Account of plague administration in the Bombay Presidency from September 1896 till May 1897
Year: 1896
Disease focus: Plague
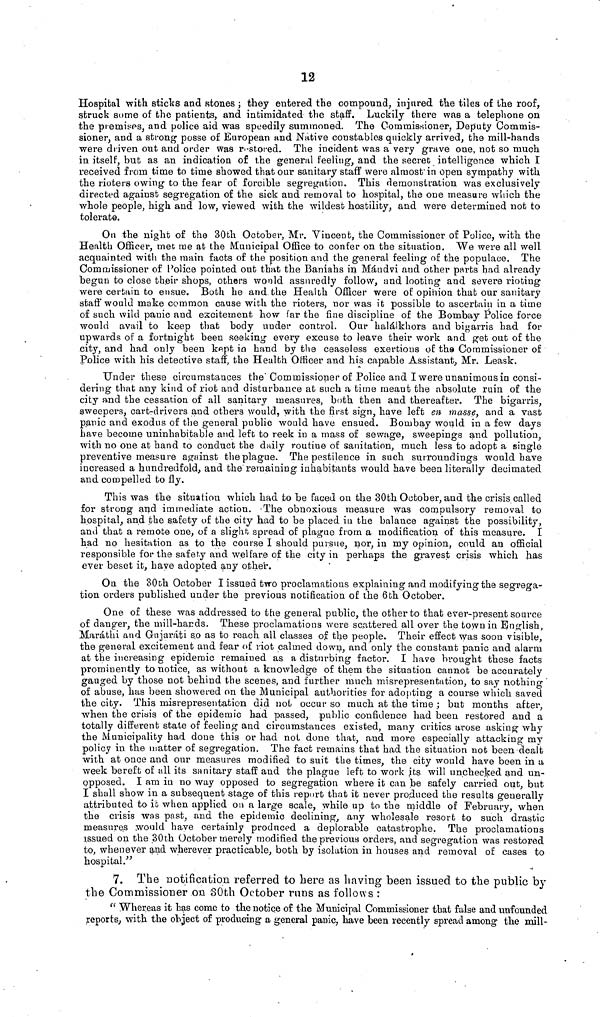
12
Hospital with sticks and stones ; they entered the compound, injured the tiles of the roof,
struck some of the patients, and intimidated the staff. Luckily there was a telephone on
the premises, and police aid was speedily summoned. The Commissioner, Deputy Commis-
sioner, and a strong posse of European and Native constables quickly arrived, the mill-hands
were driven out and order was restored. The incident was a very grave one, not so much
in itself, but as an indication of the general feeling, and the secret intelligence which I
received from time to time showed that our sanitary staff were almost" in open sympathy with
the rioters owing to the fear of forcible segregation. This demonstration was exclusively
directed against segregation of the sick and removal to hospital, the one measure which the
whole people, high and low, viewed with the wildest hostility, and were determined not to
tolerate.
On the night of the 30th October, Mr. Vincent, the Commissioner of Police, with the
Health Officer, met me at the Municipal Office to confer on the situation. We were all well
acquainted with the main facts of the position and the general feeling of the populace. The
Commissioner of Police pointed out that the Baniahs in Máudvi and other parts had already
begun to close their shops, others would assuredly follow, and looting and severe rioting
were certain to ensue. Both he and the Health Officer were of opinion that our sanitary
staff would make common cause with the rioters, nor was it possible to ascertain in a time
of such wild panic and excitement how far the fine discipline of the Bombay Police force
would avail to keep that body under control. Our halálkhors and bigarris had for
upwards of a fortnight been seeking every excuse to leave their work and get out of the
city, and had only been kept in hand by the ceaseless exertions of the Commissioner of
Police with his detective staff, the Health Officer and his capable Assistant, Mr. Leask,
Under these circumstances the Commissioner of Police and I were unanimous in consi-
dering that any kind of riot and disturbance at such a time meant the absolute ruin of the
city and the cessation of all sanitary measures, both then and thereafter. The bigarris,
sweepers, cart-drivers and others would, with the first sign, have left en masse, and a vast
panic and exodus of the general public would have ensued. Bombay would in a few days
have become uninhabitable and left to reek in a mass of sewage, sweepings and pollution,
with no one at hand to conduct the daily routine of sanitation, much less to adopt a single
preventive measure against the plague. The pestilence in such surroundings would have
increased a hundredfold, and the remaining inhabitants would have been literally decimated
and compelled to fly.
This was the situation which had to be faced on the 30th October, and the crisis called
for strong and immediate action. The obnoxious measure was compulsory removal to
hospital, and the safety of the city had to be placed in the balance against the possibility,
and that a remote one, of a slight spread of plague from a modification of this measure. I
had no hesitation as to the course I should pursue, nor, in my opinion, could an official
responsible for the safety and welfare of the city in perhaps the gravest crisis which has
ever beset it, have adopted any other.
On the 30th October I issued two proclamations explaining and modifying the segrega-
tion orders published under the previous notification of the 6th October.
One of these was addressed to the general public, the other to that ever-present source
of danger, the mill-hands. These proclamations were scattered all over the town in English,
Maráthi and Gujarát i s.o as to reach all classes of the people. Their effect was soon visible,
the general excitement and fear of riot calmed down, and only the constant panic and alarm
at the increasing epidemic remained as a disturbing factor. I have brought these facts
prominently to notice, as without a knowledge of them the situation cannot be accurately
gauged by those not behind the scenes, and further much misrepresentation, to say nothing '
of abuse, has been showered on the Municipal authorities for adopting a course which saved
the city. This misrepresentation did not occur so much at the time ; but months after,
when the criais of the epidemic had passed, public confidence had been restored and a
totally different state of feeling and circumstances existed, many critics arose asking why
the Municipality had done this or had not done that, and more especially attacking my
policy in the matter of segregation. The fact remains that had the situation not been dealt
with at once and our measures modified to suit the times, the city would have been in a
week bereft of all its sanitary staff and the plague left to work its will unchecked and un-
opposed. I am in no way opposed to segregation where it can be safely carried out, but
I shall show in a subsequent stage of this report that it never produced the results generallv
attributed to it when applied on a large scale, while up to the middle of February, when
the crisis was past, and the epidemic declining, any wholesale resort to such drastic
measure.s would have certainly produced a deplorable catastrophe. The proclamations
issued on the 30th October merely modified the previous orders, and segregation was restored
to, whenever and wherever practicable, both by isolation in houses and removal of cases to
hospital."
7. The notification referred to here as having been issued to the public by
the Commissioner on 30th October runs as follows :
" Whereas it has come to the notice of the Municipal Commissioner that false and unfounded
reports., with the object of producing a general panic, have been recently spread among the mill-